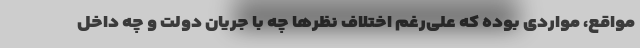
مواقع، مواردی بوده که علی‌رغم اختلاف نظرها چه با جریان دولت و چه داخل